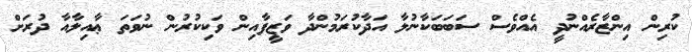
ކުރިން އިންޒާރެއްނުދީ އެއްވެސް ސަބަބަކާނުލާ އަދާކުރަމުންދާ ވަޒީފާއިން ވަކިކުރުން ނުވަތަ ޢާއިލާއާ ދުރަށް